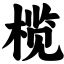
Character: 榄